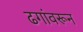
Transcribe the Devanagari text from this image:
ढगांवरून